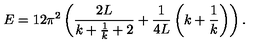
E = 1 2 \pi ^ { 2 } \left( \frac { 2 L } { k + \frac { 1 } { k } + 2 } + \frac { 1 } { 4 L } \left( k + \frac { 1 } { k } \right) \right) .